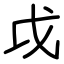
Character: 戉